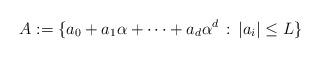
LaTeX: \begin{align*}A:=\{a_0+a_1\alpha+\dots+a_d\alpha^d\, :\, |a_i|\leq L\}\end{align*}